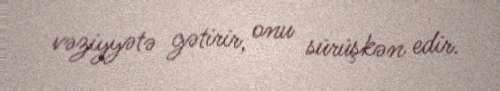
vəziyyətə gətirir, onu sürüşkən edir.